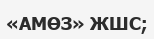
«АМӨЗ» ЖШС;